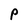
Character: P